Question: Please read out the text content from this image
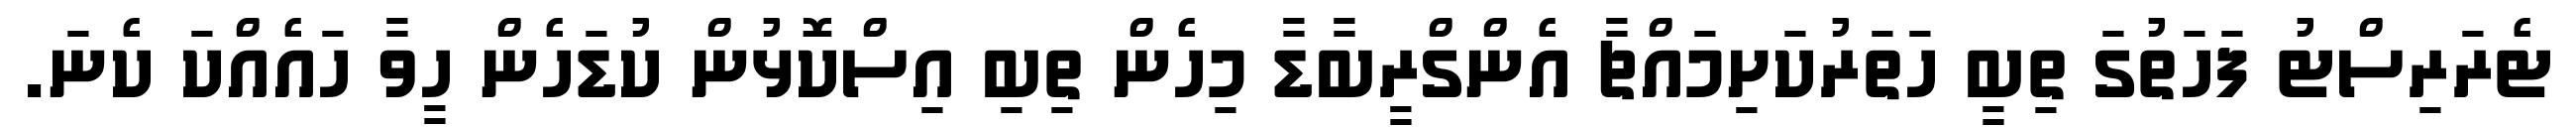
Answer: ޓެރަރިސްޓު ފަހަތުގަ ތިބީ ހަތަރުކަށިމައްޗާ އެންގްރީބާޑާ މިހެން ތިބި އިސްކޮޅުން ކުޑަހެން ހީވާ ހައެއްކަ ކެނަ.